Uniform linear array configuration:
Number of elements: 12
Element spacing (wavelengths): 0.5
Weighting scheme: blackman
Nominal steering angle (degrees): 45
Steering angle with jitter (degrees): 43.021
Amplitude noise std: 0.05
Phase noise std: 0.05

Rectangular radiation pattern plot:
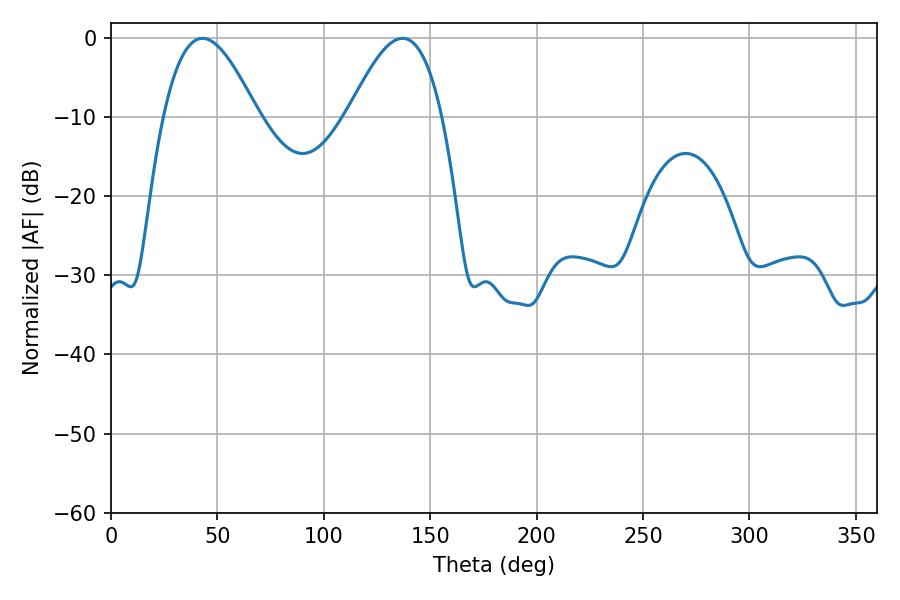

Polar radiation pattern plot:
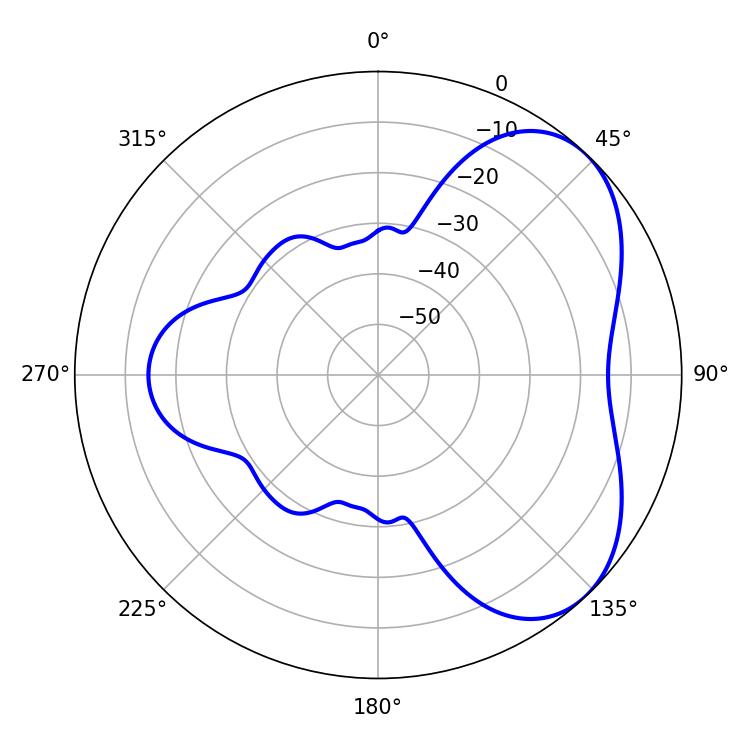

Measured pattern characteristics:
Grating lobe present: FALSE
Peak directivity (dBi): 4.936
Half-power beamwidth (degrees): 23.94
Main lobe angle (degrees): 43.02